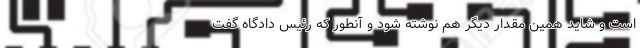
است و شاید همین مقدار دیگر هم نوشته شود و آنطور که رئیس دادگاه گفت